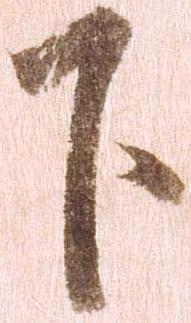
下